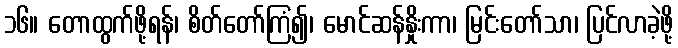
၁၆။ တောထွက်ဖို့ရန်၊ စိတ်တော်ကြံ၍၊ မောင်ဆန်နှိုးကာ၊ မြင်းတော်သာ၊ ပြင်လာခဲ့ဖို့